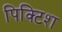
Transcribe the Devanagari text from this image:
पिक्टिश